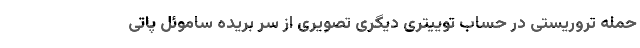
حمله تروریستی در حساب توییتری دیگری تصویری از سر بریده ساموئل پاتی